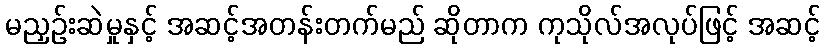
မညှဉ်းဆဲမှုနှင့် အဆင့်အတန်းတက်မည် ဆိုတာက ကုသိုလ်အလုပ်ဖြင့် အဆင့်